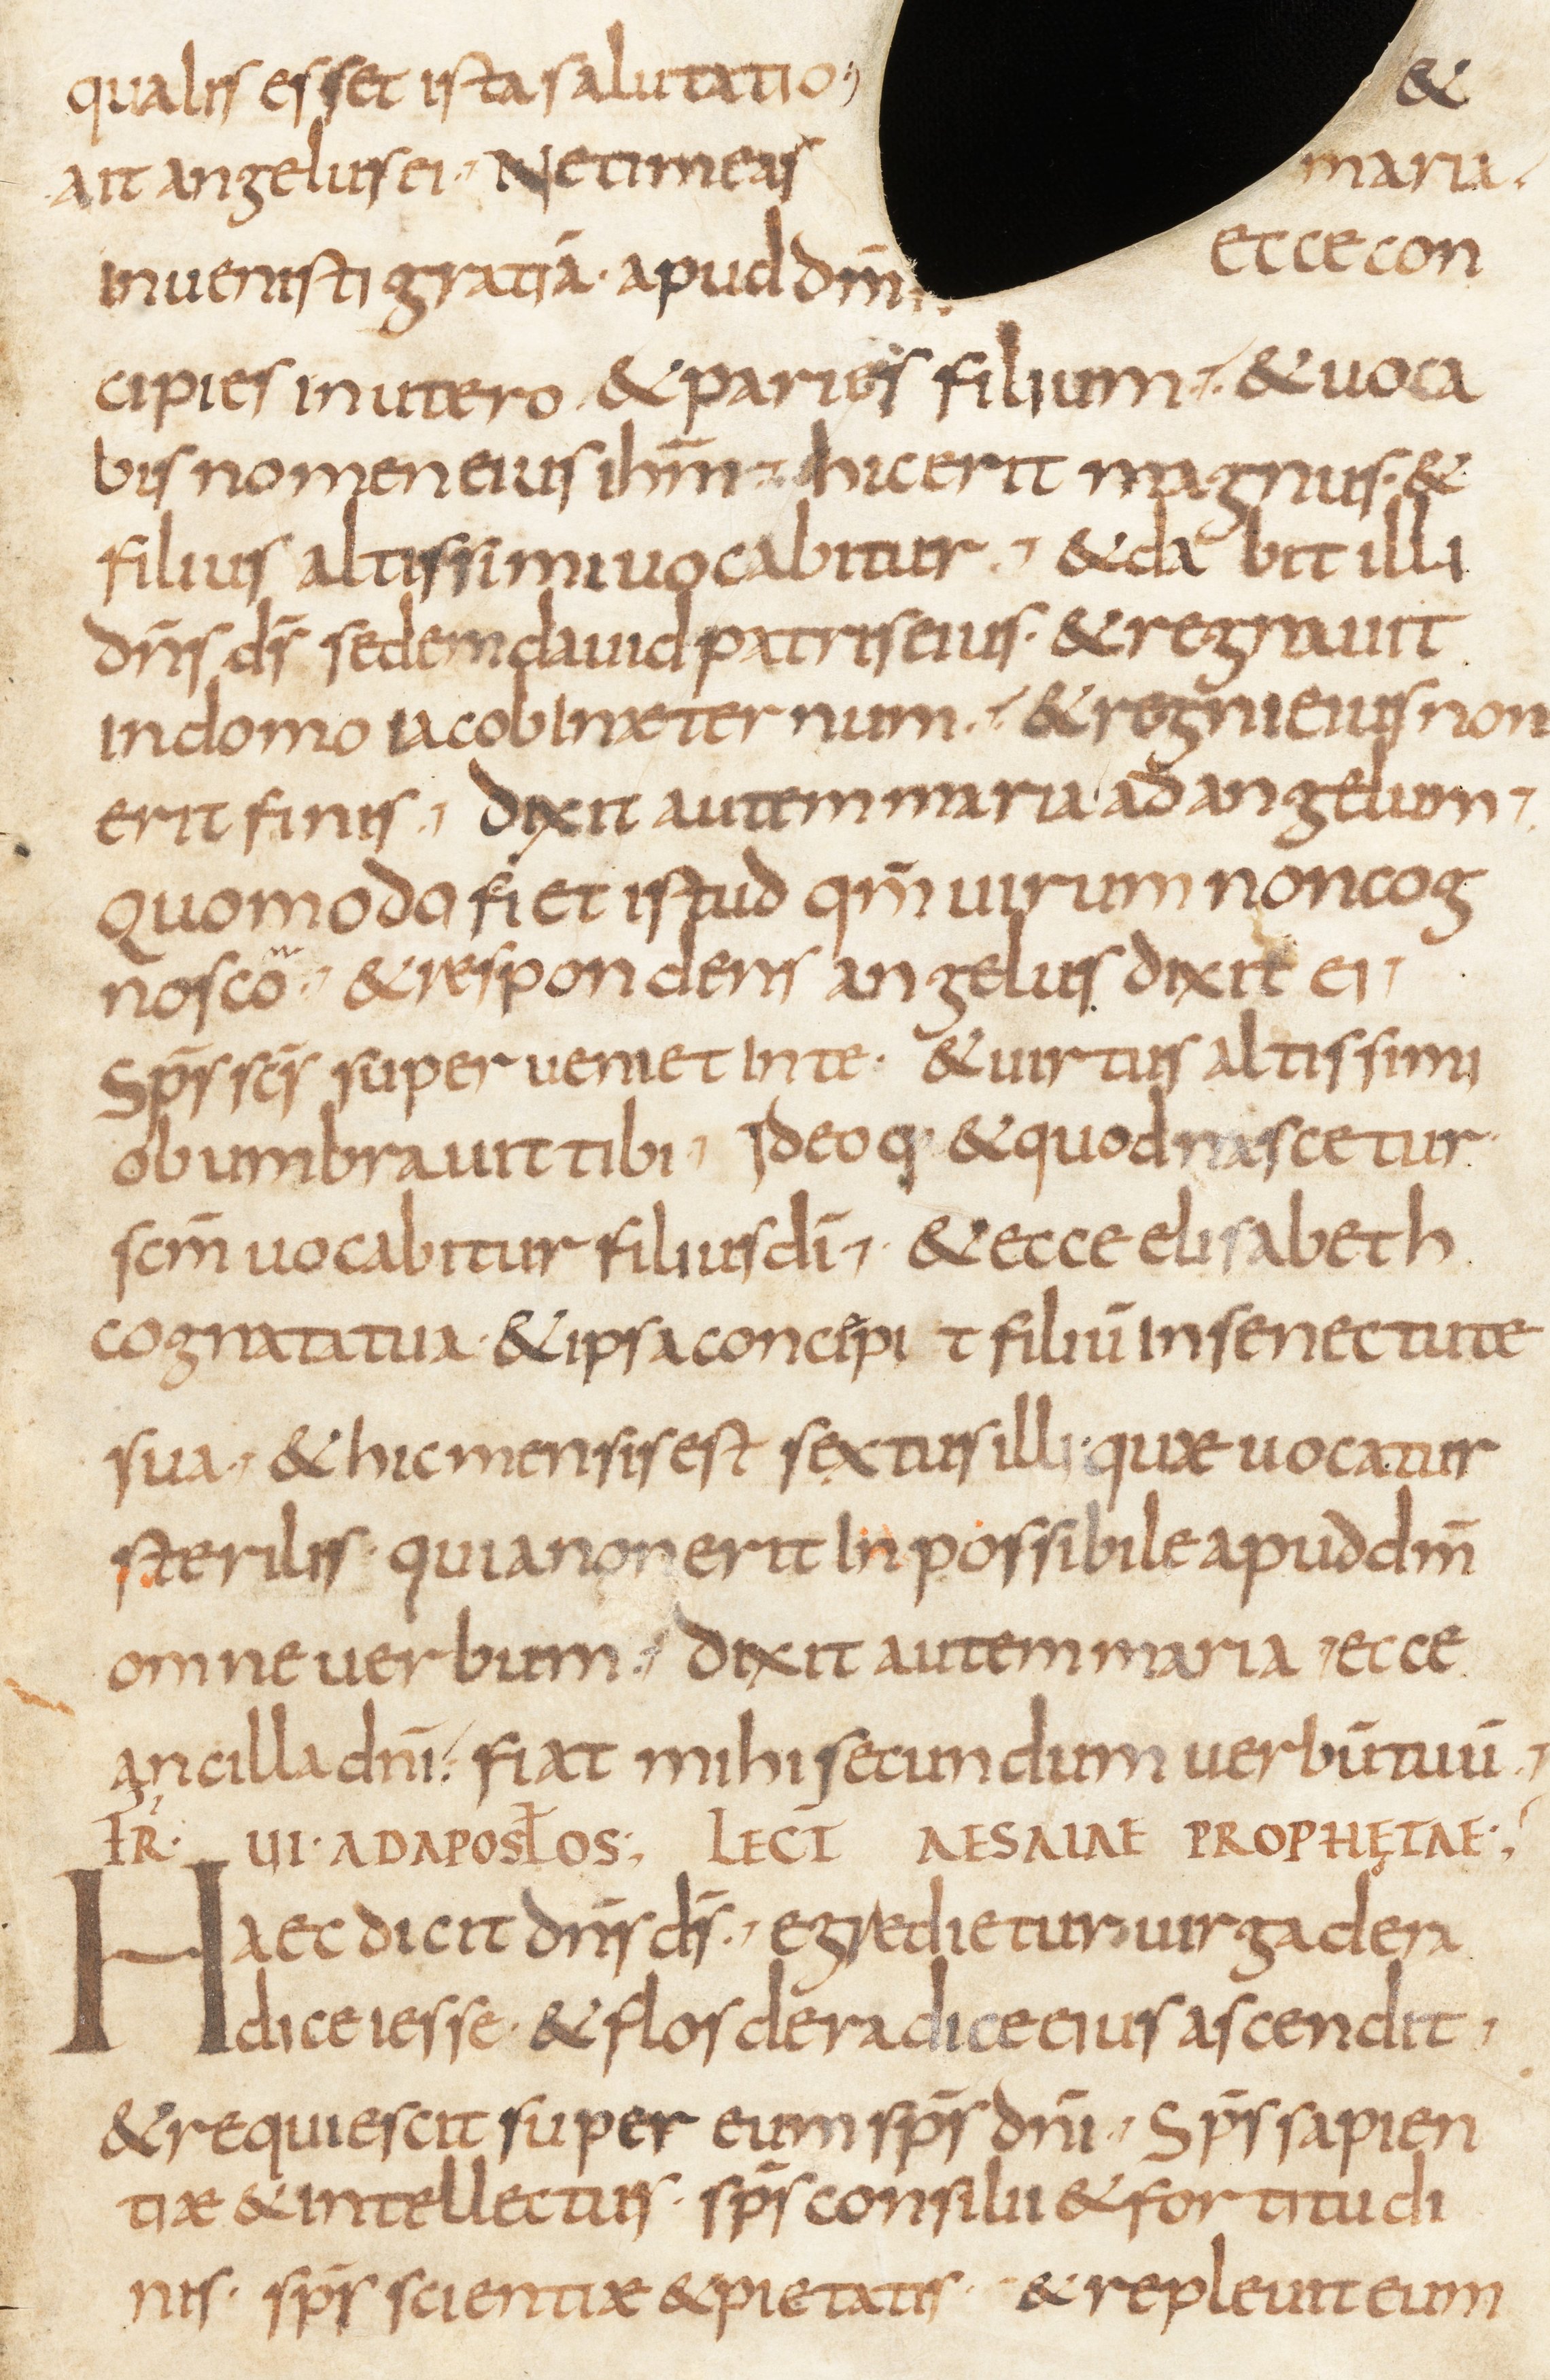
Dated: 800–830